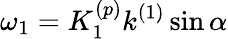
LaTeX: \omega_{1}=K_{1}^{(p)}k^{(1)}\sin\alpha